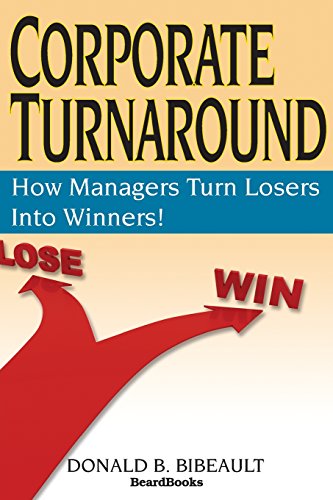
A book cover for Corporate Turnaround: How Managers Turn Losers Into Winners!; Donald B. Bibeault; Business & Money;